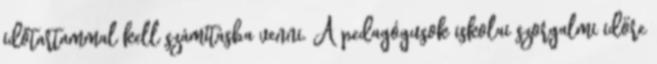
időtartammal kell számításba venni. A pedagógusok iskolai szorgalmi időre